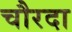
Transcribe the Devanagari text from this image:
चौरदा